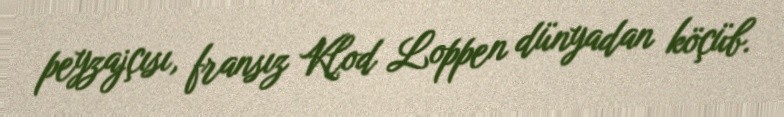
peyzajçısı, fransız Klod Loppen dünyadan köçüb.